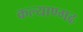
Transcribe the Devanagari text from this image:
कल्याण्गढ